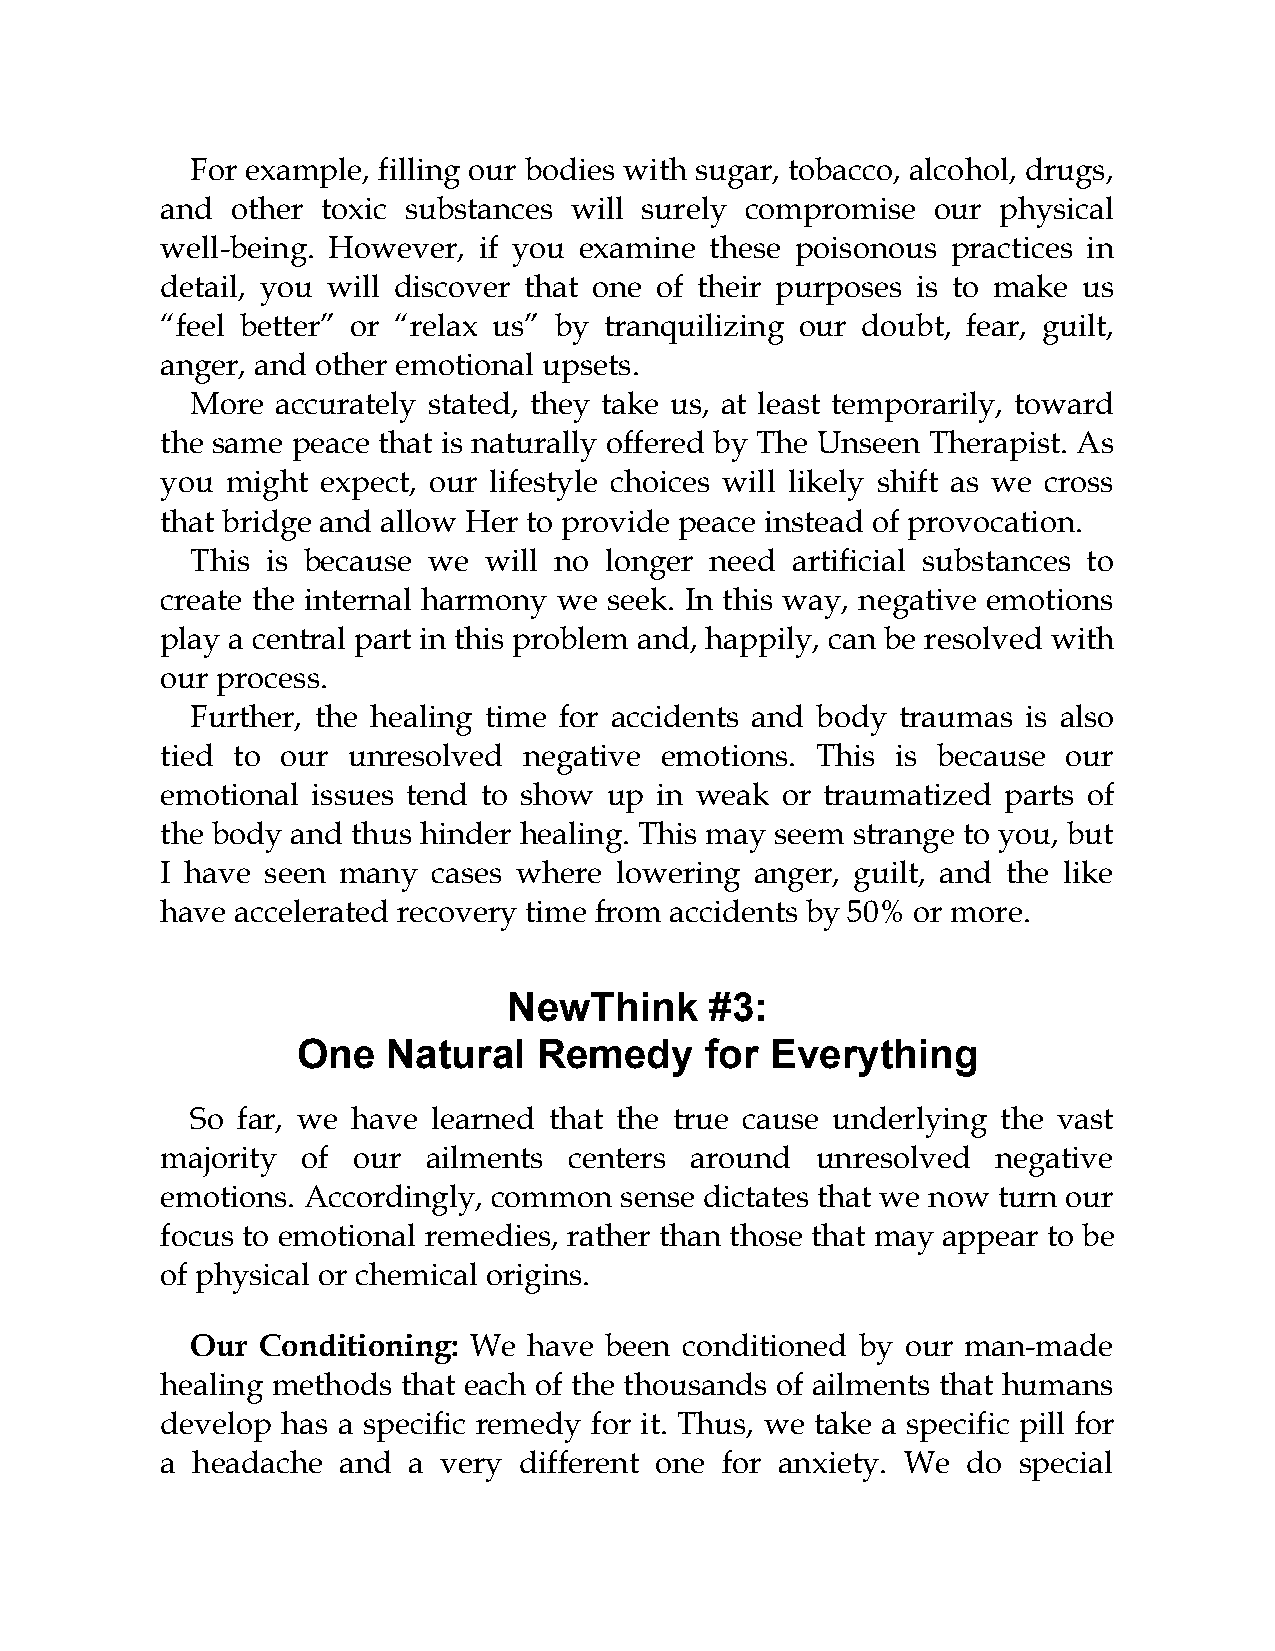
For example, filling our bodies with sugar, tobacco, alcohol, drugs,
 and other toxic substances will surely compromise  our physical
 well-being. However, if you examine these poisonous practices in
 detail, you will discover that one of their purposes is to make us
 “feel better” or “relax us” by tranquilizing our doubt, fear, guilt,
 anger, and other emotional upsets.
 More accurately stated, they take us, at least temporarily, toward
 the same peace that is naturally offered by The Unseen Therapist. As
 you might expect, our lifestyle choices will likely shift as we cross
 that bridge and allow Her to provide peace instead of provocation.
 This is because we will no longer need artificial substances to
 create the internal harmony we seek. In this way, negative emotions
 play a central part in this problem and, happily, can be resolved with
 our process.
 Further, the healing time for accidents and body traumas is also
 tied to our unresolved  negative emotions. This is because  our
 emotional issues tend to show up in weak or traumatized parts of
 the body and thus hinder healing. This may seem strange to you, but
 I have seen many  cases where lowering anger, guilt, and the like
 have accelerated recovery time from accidents by 50% or more.
 NewThink     #3:
 One   Natural   Remedy     for Everything
 So far, we have learned that the true cause underlying the vast
 majority of our  ailments  centers around  unresolved  negative
 emotions. Accordingly, common sense dictates that we now turn our
 focus to emotional remedies, rather than those that may appear to be
 of physical or chemical origins.
 Our Conditioning: We  have been conditioned by our man-made
 healing methods that each of the thousands of ailments that humans
 develop has a specific remedy for it. Thus, we take a specific pill for
 a headache and  a very different one for anxiety. We do special